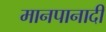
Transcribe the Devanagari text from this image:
मानपानादी